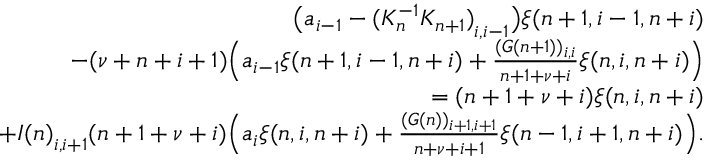
\begin{array} { r l r } & { } & { \big ( a _ { i - 1 } - { ( K _ { n } ^ { - 1 } K _ { n + 1 } ) } _ { i , i - 1 } \big ) \xi ( n + 1 , i - 1 , n + i ) } \\ & { } & { - ( \nu + n + i + 1 ) \Big ( a _ { i - 1 } \xi ( n + 1 , i - 1 , n + i ) + \frac { ( G ( n + 1 ) ) _ { i , i } } { n + 1 + \nu + i } \xi ( n , i , n + i ) \Big ) } \\ & { } & { = ( n + 1 + \nu + i ) \xi ( n , i , n + i ) } \\ & { } & { + { I ( n ) } _ { i , i + 1 } ( n + 1 + \nu + i ) \Big ( a _ { i } \xi ( n , i , n + i ) + \frac { ( G ( n ) ) _ { i + 1 , i + 1 } } { n + \nu + i + 1 } \xi ( n - 1 , i + 1 , n + i ) \Big ) . } \end{array}